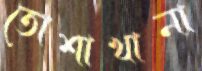
তোশাখানা